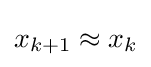
x_{k+1}\approx x_{k}